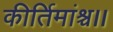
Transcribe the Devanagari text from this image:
कीर्तिमांश्च।।